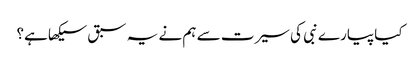
کیا پیارے نبی کی سیرت سے ہم نے یہ سبق سیکھا ہے؟